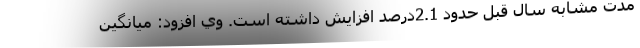
مدت مشابه سال قبل حدود 2.1درصد افزایش داشته است. وي افزود: ميانگين